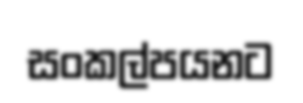
සංකල්පයනට